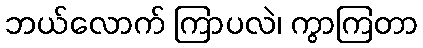
ဘယ်လောက် ကြာပလဲ၊ ကွာကြတာ